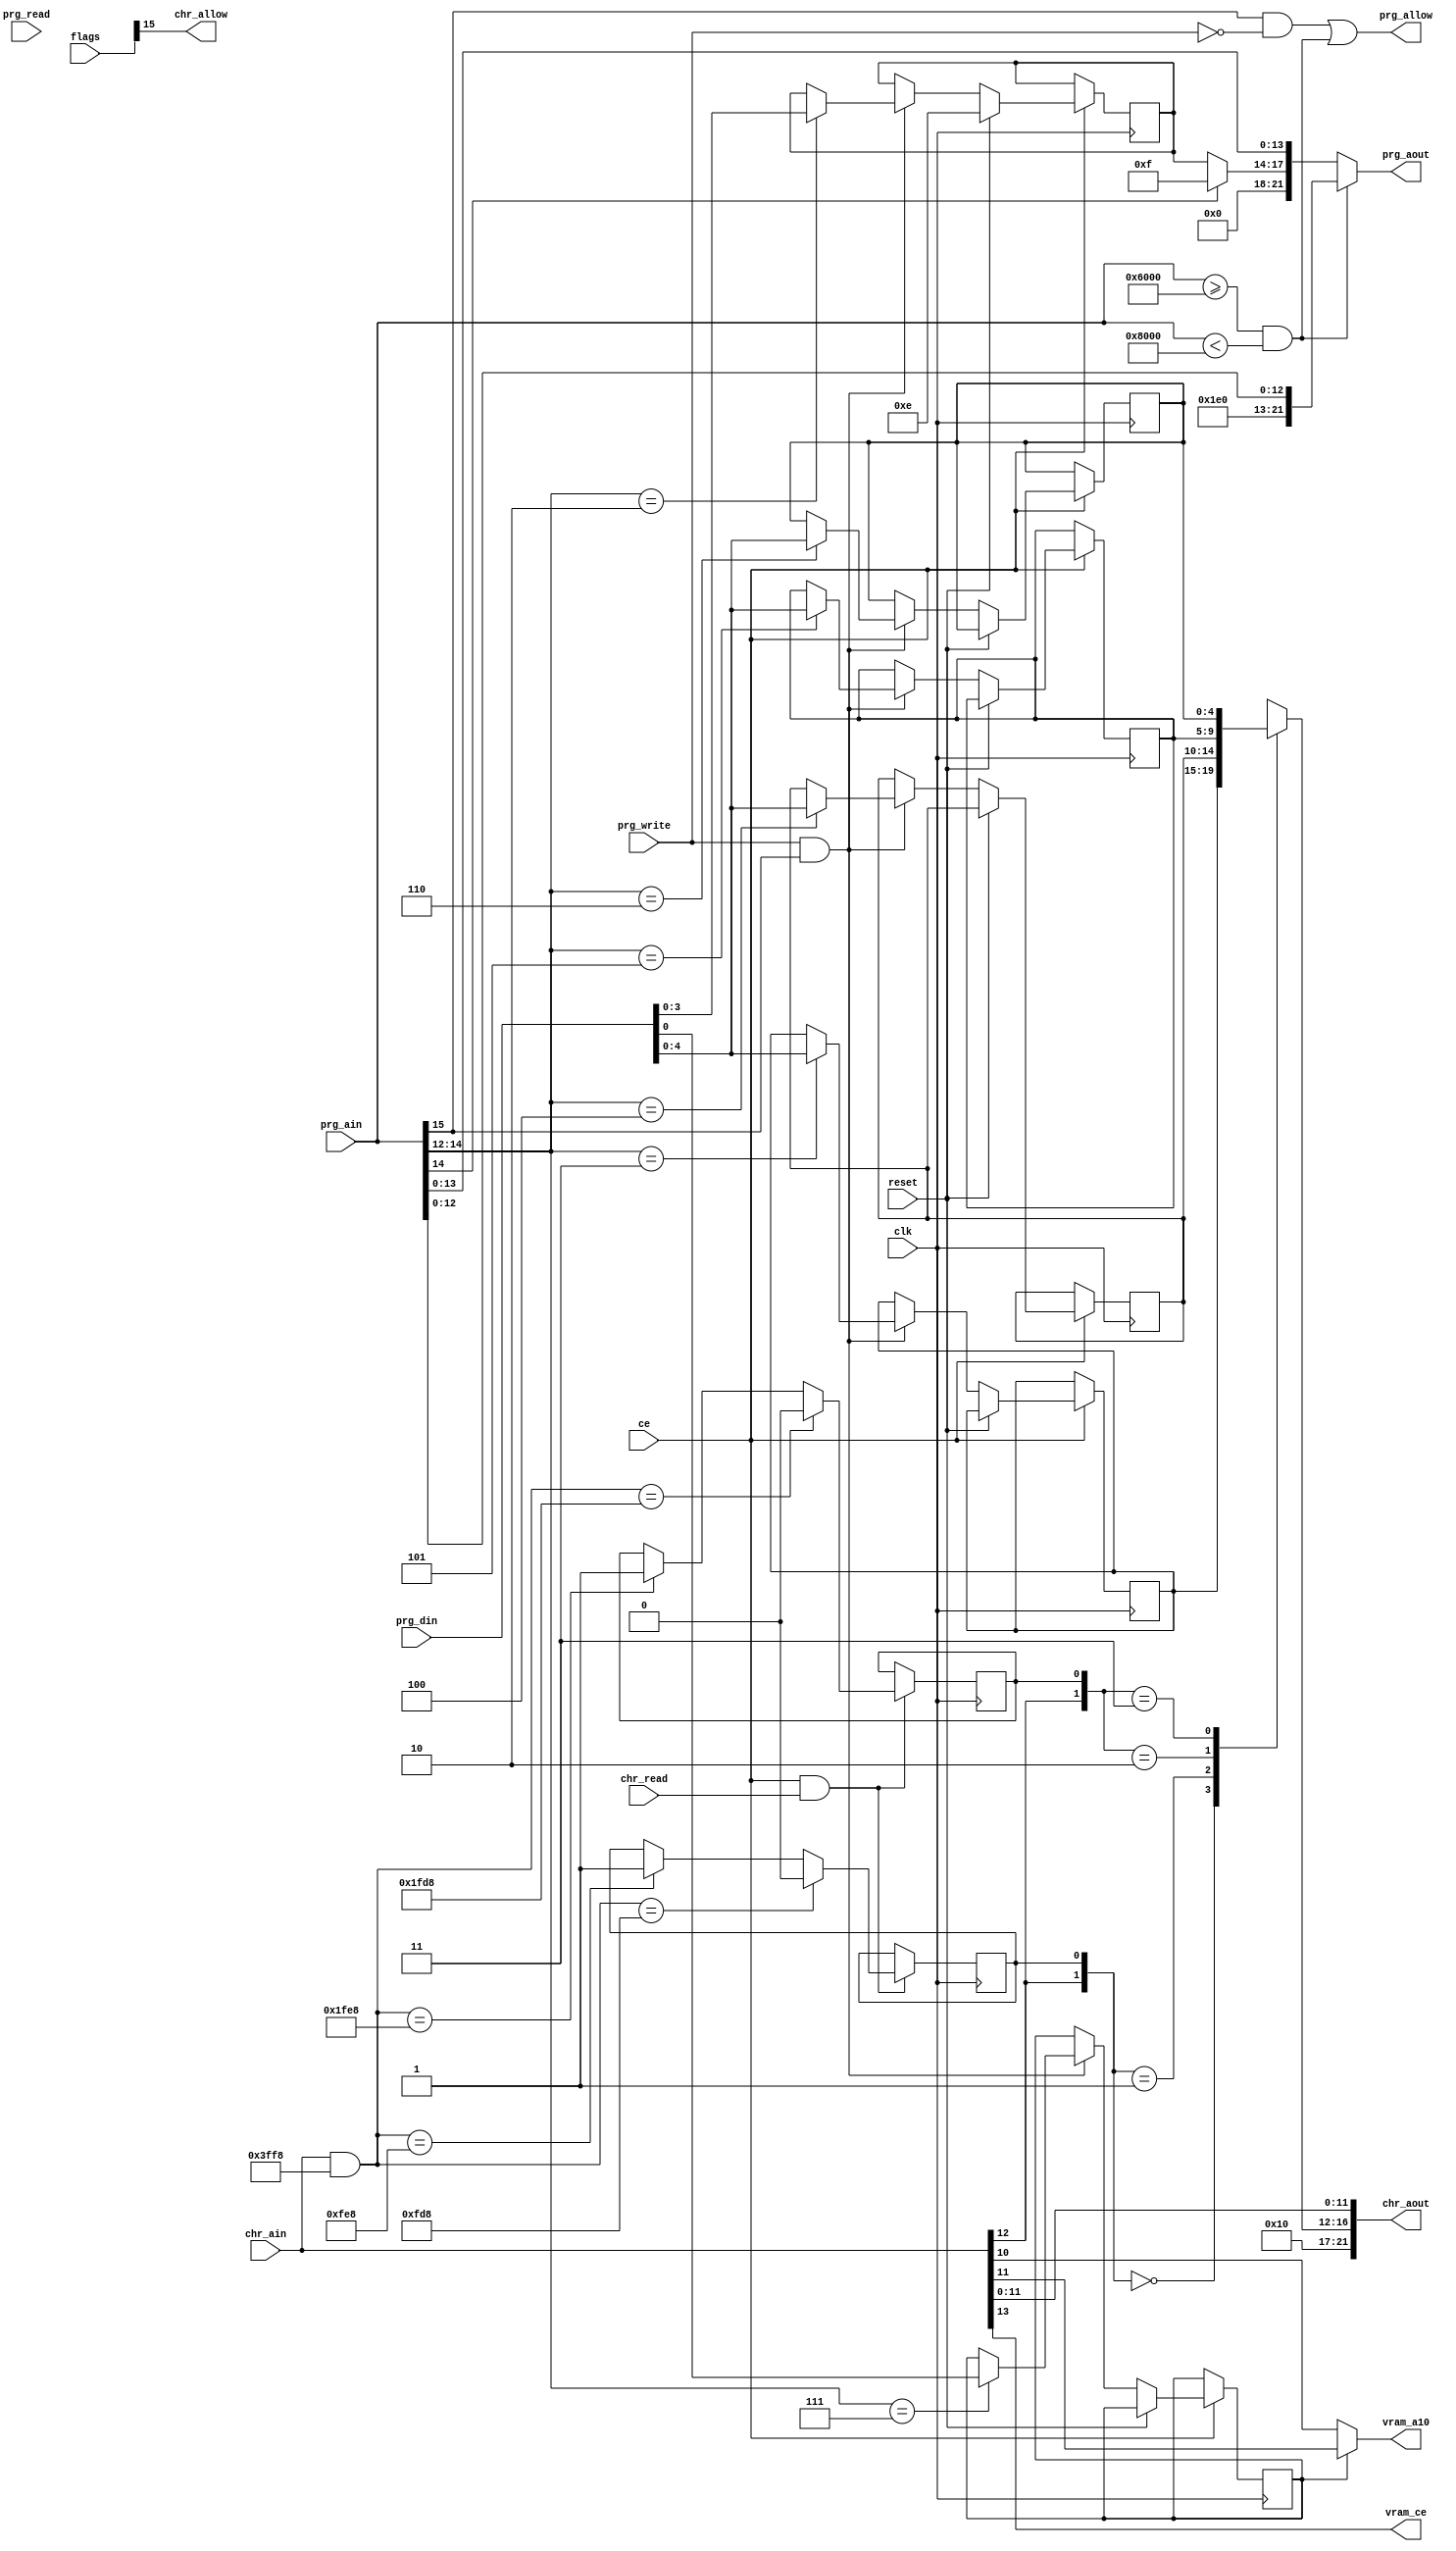
module MMC4(input clk, input ce, input reset,
            input [31:0] flags,
            input [15:0] prg_ain, output [21:0] prg_aout,
            input prg_read, prg_write,                   
            input [7:0] prg_din,
            output prg_allow,                            
            input chr_read, input [13:0] chr_ain, output [21:0] chr_aout,
            output chr_allow,                      		
            output vram_a10,                             
            output vram_ce);                             
  reg [3:0] prg_bank;
  reg   [4:0] chr_bank_0a;
   reg [4:0] chr_bank_0b;
  reg [4:0] chr_bank_1a;
  reg [4:0] chr_bank_1b; 
  reg mirroring;
  reg latch_0, latch_1;
  always @(posedge clk) if (ce) begin
    if (reset)
	   prg_bank <= 4'b1110;	  
    else if (prg_write && prg_ain[15]) begin
      case(prg_ain[14:12])
      2: prg_bank <= prg_din[3:0];     
      3: chr_bank_0a <= prg_din[4:0];  
      4: chr_bank_0b <= prg_din[4:0];  
      5: chr_bank_1a <= prg_din[4:0];  
      6: chr_bank_1b <= prg_din[4:0];  
      7: mirroring <=  prg_din[0];     
      endcase
    end
  end
  always @(posedge clk) if (ce && chr_read) begin
    latch_0 <= (chr_ain & 14'h3ff8) == 14'h0fd8 ? 0 : (chr_ain & 14'h3ff8) == 14'h0fe8 ? 1 : latch_0;
    latch_1 <= (chr_ain & 14'h3ff8) == 14'h1fd8 ? 0 : (chr_ain & 14'h3ff8) == 14'h1fe8 ? 1 : latch_1;
  end
  reg [3:0] prgsel;
  always @* begin
    casez(prg_ain[14])
    1'b0:    prgsel = prg_bank;
    default: prgsel = 4'b1111;
    endcase
  end
  wire [21:0] prg_aout_tmp = {4'b00_00, prgsel, prg_ain[13:0]};
  reg [4:0] chrsel;
  always @* begin
    casez({chr_ain[12], latch_0, latch_1})
    3'b00?: chrsel = chr_bank_0a;
    3'b01?: chrsel = chr_bank_0b;
    3'b1?0: chrsel = chr_bank_1a;
    3'b1?1: chrsel = chr_bank_1b;
    endcase
  end
  assign chr_aout = {5'b100_00, chrsel, chr_ain[11:0]};
  assign vram_a10 = mirroring ? chr_ain[11] : chr_ain[10];
  assign vram_ce = chr_ain[13];
  assign chr_allow = flags[15];
  wire prg_is_ram = prg_ain >= 'h6000 && prg_ain < 'h8000;
  assign prg_allow = prg_ain[15] && !prg_write ||
                     prg_is_ram;
  wire [21:0] prg_ram = {9'b11_1100_000, prg_ain[12:0]};
  assign prg_aout = prg_is_ram ? prg_ram : prg_aout_tmp;
endmodule